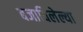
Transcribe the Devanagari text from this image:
बजाविलेल्या